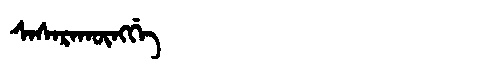
Manchu: ᠰᠠᠰᠠᡵᠠᡴᡡᠩᡤᡝ
Romanization: SASARAKŪNGGE